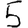
Digit: 5